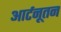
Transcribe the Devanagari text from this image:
आर्टनूतन